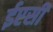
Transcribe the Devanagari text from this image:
ईएसी